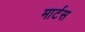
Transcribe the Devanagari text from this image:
मार्टस